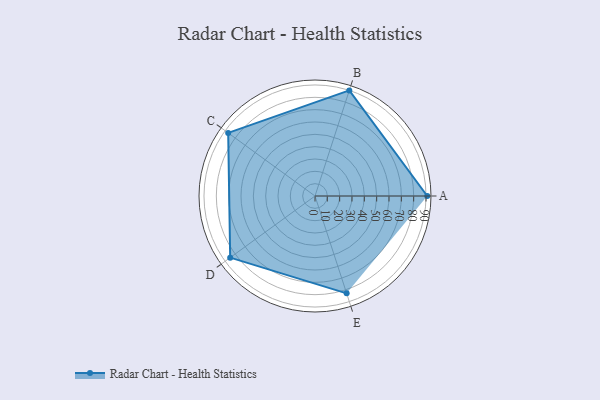
{"axis": {"x": "Skill", "y": "Score"}, "legend": ["Profile"], "data": [{"x": "A", "y": 91.0, "type": "Profile"}, {"x": "B", "y": 90.0, "type": "Profile"}, {"x": "C", "y": 87.0, "type": "Profile"}, {"x": "D", "y": 85.0, "type": "Profile"}, {"x": "E", "y": 83.0, "type": "Profile"}]}